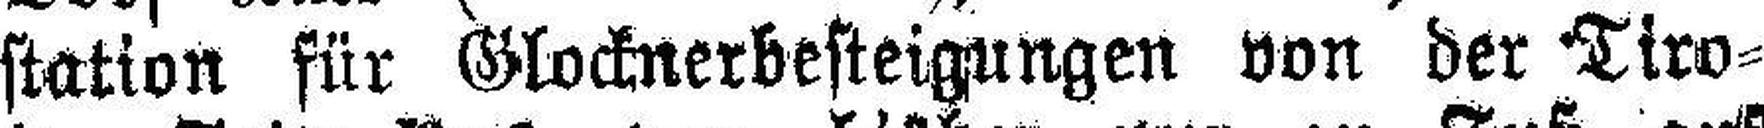
station für Glocknerbesteigungen von der Tiro¬